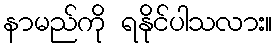
နာမည်ကို ရနိုင်ပါသလား။